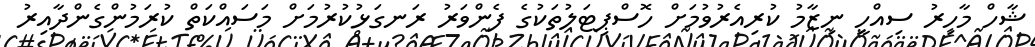
ޝާހް މާހިރު ސިއްހީ ނިޒާމު ކުރިއެރުވުމަށް ހޮސްޕިޓަލުތަކުގެ ފެންވަރު ރަނގަޅުކުރުމަށް މަސައްކަތް ކުރަމުންގެންދާއިރު